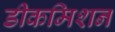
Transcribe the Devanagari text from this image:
डीकमिशन